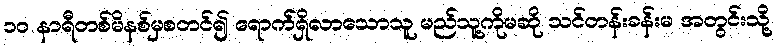
၁၀ နာရီတစ်မိနစ်မှစတင်၍ ရောက်ရှိလာသောသူ မည်သူ့ကိုမဆို သင်တန်းခန်းမ အတွင်းသို့